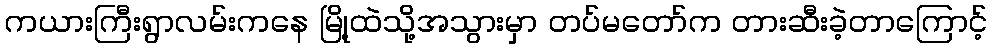
ကယားကြီးရွာလမ်းကနေ မြို့ထဲသို့အသွားမှာ တပ်မတော်က တားဆီးခဲ့တာကြောင့်